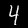
Label: 4